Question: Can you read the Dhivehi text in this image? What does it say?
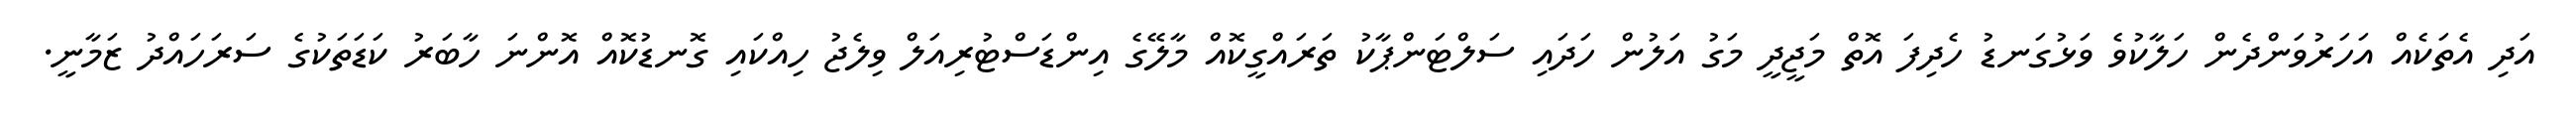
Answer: އަދި އެތަކެއް އަހަރުވަންދެން ހަލާކުވެ ވަޅުގަނޑު ހެދިފަ އޮތް މަޖީދީ މަގު އަލުން ހަދައި ސަލްޓަންޕާކު ތަރައްގީކޮއް މާލޭގެ އިންޑަސްޓުރިއަލް ވިލެޖު ހިއްކައި ގޮނޑުކޮއް އޮންނަ ހާބަރު ކަޑަތަކުގެ ސަރަހައްދު ޒަމާނީ.